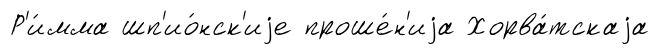
Р'и́мма шп'ио́нск'иjе проше́н'иjа Хорва́тскаjа